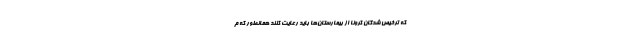
که ترخیص شدگان کرونا از بیمارستان‌ها باید رعایت کنند همانطور که م